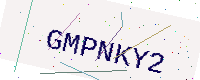
Text: GMPNKY2